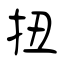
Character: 扭